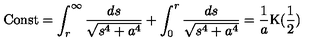
\mathrm { { C o n s t } } = \int _ { r } ^ { \infty } { \frac { d s } { \sqrt { s ^ { 4 } + a ^ { 4 } } } } + \int _ { 0 } ^ { r } { \frac { d s } { \sqrt { s ^ { 4 } + a ^ { 4 } } } } = \frac { 1 } { a } \mathrm { K } ( \frac { 1 } { 2 } )